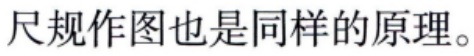
尺规作图也是同样的原理。